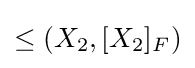
{\textstyle \leq (X_{2},[X_{2}]_{F})}